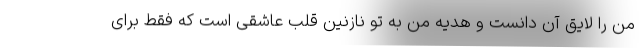
من را لایق آن دانست و هدیه من به تو نازنین قلب عاشقی است که فقط برای